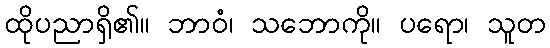
ထိုပညာရှိ၏။ ဘာဝံ၊ သဘောကို။ ပရော၊ သူတ